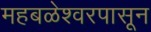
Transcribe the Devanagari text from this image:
महबळेश्वरपासून